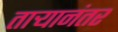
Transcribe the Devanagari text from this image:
ताऱ्यानंतर